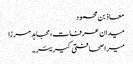
معاذ بن محمود
میدان عرفات، مجاہد مرزا
میرا صحافتی کیریئر۔